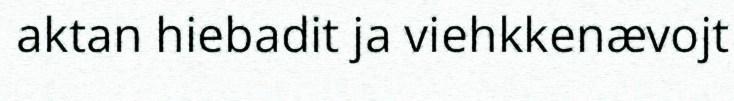
aktan hiebadit ja viehkkenævojt